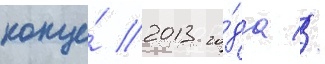
конце́ 2013 го́да //